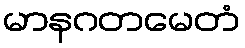
မာနဂတမေတံ